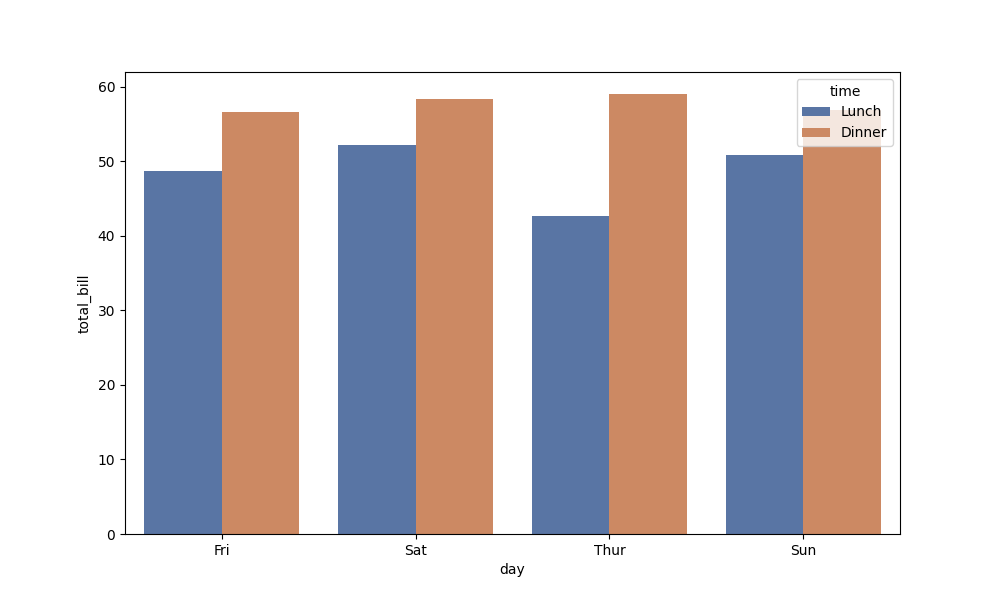
python, seaborn, barplot, hue='time', palette='deep', ci=None, orient='v'